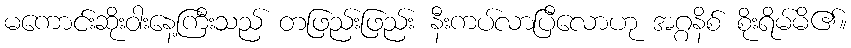
မကောင်းဆိုးဝါးနေ့ကြီးသည် တဖြည်းဖြည်း နီးကပ်လာပြီလောဟု အဂ္ဂနိစ် စိုးရိမ်မိ၏။